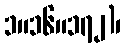
၁။၁၆။၁၇၂)၊